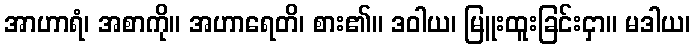
အာဟာရံ၊ အစာကို။ အဟာရေတိ၊ စား၏။ ဒဝါယ၊ မြူးထူးခြင်းငှာ။ မဒါယ၊